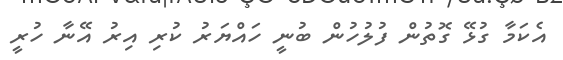
އެކަމާ ގުޅޭ ގޮތުން ފުލުހުން ބުނީ ހައްޔަރު ކުރި އިރު އޭނާ ހުރީ